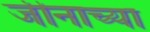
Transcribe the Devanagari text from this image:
जीनाच्या